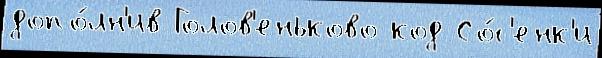
допо́лн'ив Голов'еньково код Со́с'енк'и